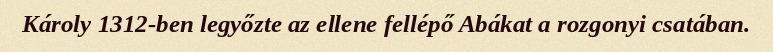
Károly 1312-ben legyőzte az ellene fellépő Abákat a rozgonyi csatában.